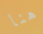
هنا